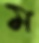
ম